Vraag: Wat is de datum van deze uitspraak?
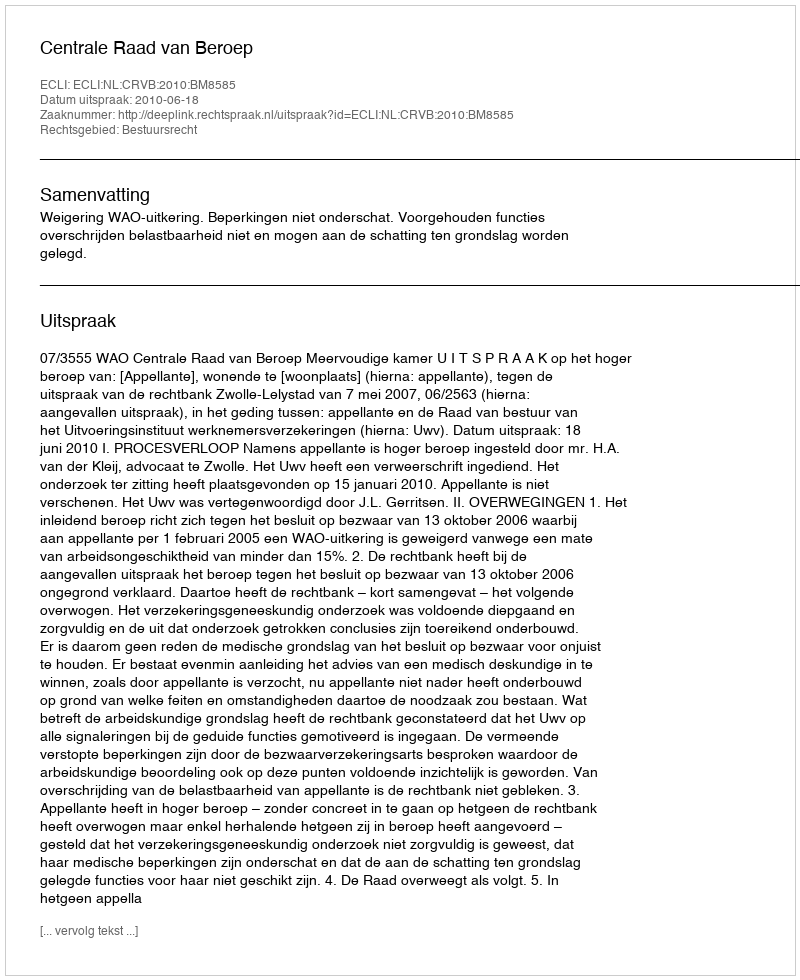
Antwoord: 2010-06-18